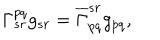
\Gamma _ { s r } ^ { p q } g _ { s r } = \overline { { { \Gamma } } } _ { p q } ^ { s r } g _ { p q } ,